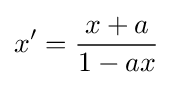
x'={\frac {x+a}{1-ax}}